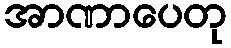
အာဏာပေတု